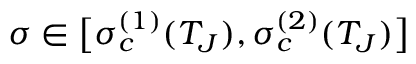
\sigma \in \big [ \sigma _ { c } ^ { ( 1 ) } ( T _ { J } ) , \sigma _ { c } ^ { ( 2 ) } ( T _ { J } ) \big ]